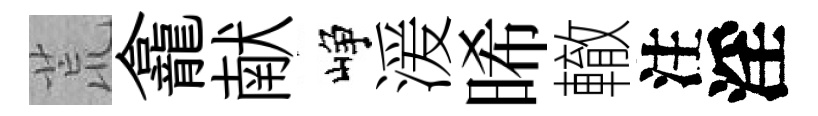
荒龕献峥湲晞轍注淫